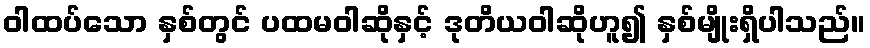
ဝါထပ်သော နှစ်တွင် ပထမဝါဆိုနှင့် ဒုတိယဝါဆိုဟူ၍ နှစ်မျိုးရှိပါသည်။